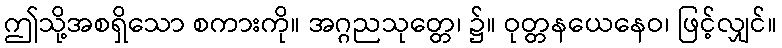
ဤသို့အစရှိသော စကားကို။ အဂ္ဂညသုတ္တေ၊ ၌။ ဝုတ္တနယေနေဝ၊ ဖြင့်လျှင်။